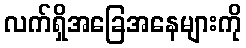
လက်ရှိအခြေအနေများကို